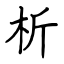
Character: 析